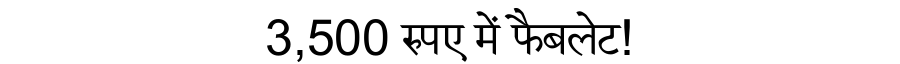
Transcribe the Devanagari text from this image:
3,500 रुपए में फैबलेट!